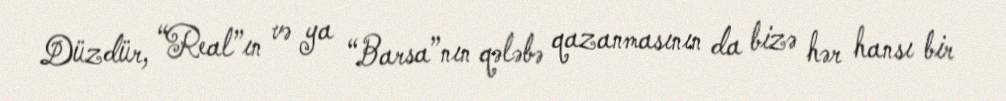
Düzdür, “Real”ın və ya “Barsa”nın qələbə qazanmasının da bizə hər hansı bir